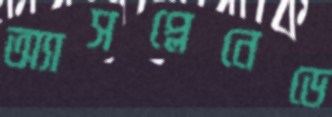
অ্যাসপ্লেনেডে